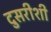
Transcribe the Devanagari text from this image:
दुसरीशी